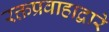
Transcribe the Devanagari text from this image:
रक्तप्रवाहाद्वारे